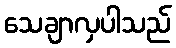
သေချာလှပါသည်